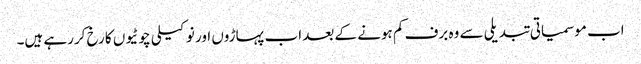
اب موسمیاتی تبدیلی سے وہ برف کم ہونے کے بعد اب پہاڑوں اور نوکیلی چوٹیوں کا رخ کررہے ہیں۔